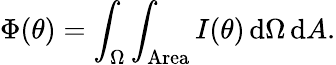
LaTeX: \Phi(\theta)=\int_{\Omega}\int_{\mathrm{Area}}I(\theta)\, \mathrm{d}\Omega\, \mathrm{d}A.